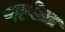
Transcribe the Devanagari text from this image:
परपोता